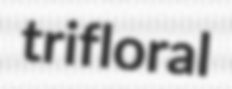
trifloral